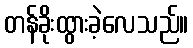
တန်ခိုးထွားခဲ့လေသည်။